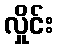
လှိုင်း